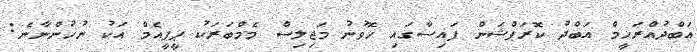
އަބްދުއްރަހީމް އަބްދު ކޮރަޕްޝަން ފައިސާގައި ހޮވުނު މަޖިލިސް މެމްބަރަކު ޕީޕީއެމް އަކު ނުހުންނާނެ: